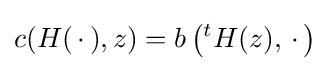
c(H(\,\cdot \,),z)=b\left({}^{t}H(z),\,\cdot \,\right)